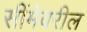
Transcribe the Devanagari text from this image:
सींमेवरील